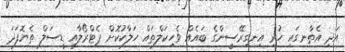
އަދި އެތާނގައި ހުރި އިނގިރޭސީންގެ ބައެއް ވެހިކަލްތައް ހަލާކުކޮށް ޕެޓްރޯލާއި ޑީސަލް ތެޔޮފަދަ